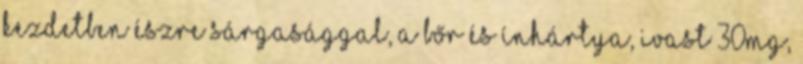
kezdetben észre sárgasággal, a bőr és ínhártya, ivast 30mg,